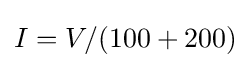
I=V/(100+200)